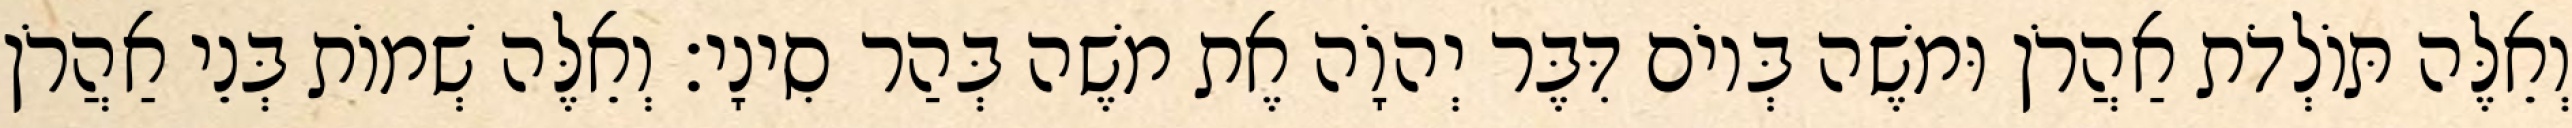
וְאֵלֶּה תּוֹלְדֹת אַהֲרֹן וּמשֶׁה בְּיוֹם דִּבֶּר יְהוָֹה אֶת משֶׁה בְּהַר סִינָי׃ וְאֵלֶּה שְׁמוֹת בְּנֵי אַהֲרֹן